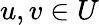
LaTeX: u,v\in U